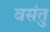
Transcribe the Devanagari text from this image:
वसंतु